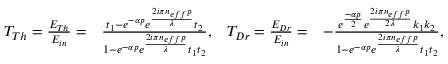
\begin{array} { r l r l } { T _ { T h } = \frac { E _ { T h } } { E _ { i n } } = } & { \frac { t _ { 1 } - e ^ { - \alpha p } e ^ { \frac { 2 i \pi n _ { e f f } p } { \lambda } } t _ { 2 } } { 1 - e ^ { - \alpha p } e ^ { \frac { 2 i \pi n _ { e f f } p } { \lambda } } t _ { 1 } t _ { 2 } } , } & { T _ { D r } = \frac { E _ { D r } } { E _ { i n } } = } & { - \frac { e ^ { \frac { - \alpha p } { 2 } } e ^ { \frac { 2 i \pi n _ { e f f } p } { 2 \lambda } } k _ { 1 } k _ { 2 } } { 1 - e ^ { - \alpha p } e ^ { \frac { 2 i \pi n _ { e f f } p } { \lambda } } t _ { 1 } t _ { 2 } } , } \end{array}